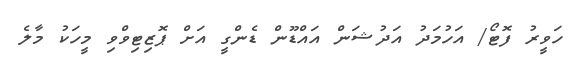
ހަވީރު ފޮޓޯ/ އަހުމަދު އަދުޝަން އައްޑޫން ޑެންގީ އަށް ޕޮޒިޓިވްވި މީހަކު މާލެ